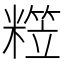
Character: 𥼕